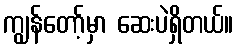
ကျွန်တော့်မှာ ဆေးပဲရှိတယ်။